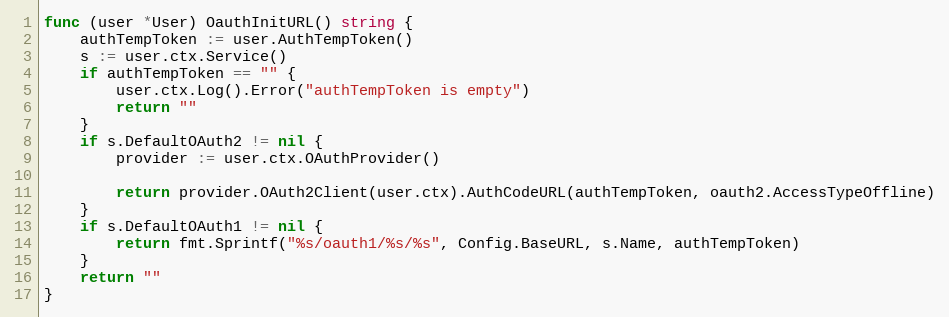
Language: Go
func (user *User) OauthInitURL() string {
	authTempToken := user.AuthTempToken()
	s := user.ctx.Service()
	if authTempToken == "" {
		user.ctx.Log().Error("authTempToken is empty")
		return ""
	}
	if s.DefaultOAuth2 != nil {
		provider := user.ctx.OAuthProvider()

		return provider.OAuth2Client(user.ctx).AuthCodeURL(authTempToken, oauth2.AccessTypeOffline)
	}
	if s.DefaultOAuth1 != nil {
		return fmt.Sprintf("%s/oauth1/%s/%s", Config.BaseURL, s.Name, authTempToken)
	}
	return ""
}